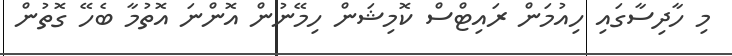
މި ހާދިސާގައި ހިއުމަން ރައިޓްސް ކޮމިޝަން ހިމޭނުން އޮންނަ އޮތުމާ ބެހޭ ގޮތުން